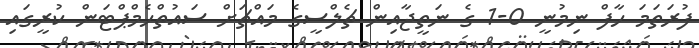
ފުރަތަމަ ހާފް ނިމުނީ 0-1 ގެ ނަތީޖާއިން ޗެލްސީގެ މައްޗަށް ސައުތްހެމްޕްޓަން ކުރީގައި